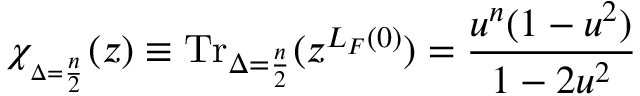
\chi _ { _ { \Delta = \frac { n } { 2 } } } ( z ) \equiv \mathrm { T r } _ { \Delta = \frac { n } { 2 } } ( z ^ { L _ { F } ( 0 ) } ) = \frac { u ^ { n } ( 1 - u ^ { 2 } ) } { 1 - 2 u ^ { 2 } }